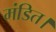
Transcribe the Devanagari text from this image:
मंडित।